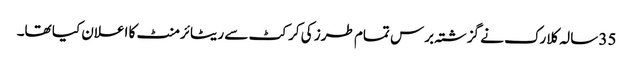
35 سالہ کلارک نے گزشتہ برس تمام طرز کی کرکٹ سے ریٹائرمنٹ کا اعلان کیا تھا۔